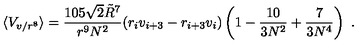
\langle V _ { v / r ^ { 8 } } \rangle = { \frac { 1 0 5 \sqrt { 2 } \tilde { R } ^ { 7 } } { r ^ { 9 } N ^ { 2 } } } ( r _ { i } v _ { i + 3 } - r _ { i + 3 } v _ { i } ) \left( 1 - { \frac { 1 0 } { 3 N ^ { 2 } } } + { \frac { 7 } { 3 N ^ { 4 } } } \right) \ .